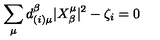
\sum _ { \mu } d _ { ( i ) \mu } ^ { \beta } | X _ { \beta } ^ { \mu } | ^ { 2 } - \zeta _ { i } = 0